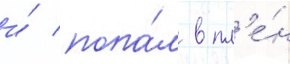
и́ попа́л в пл'е́н